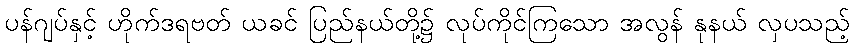
ပန်ဂျပ်နှင့် ဟိုက်ဒရဗတ် ယခင် ပြည်နယ်တို့၌ လုပ်ကိုင်ကြသော အလွန် နုနယ် လှပသည့်